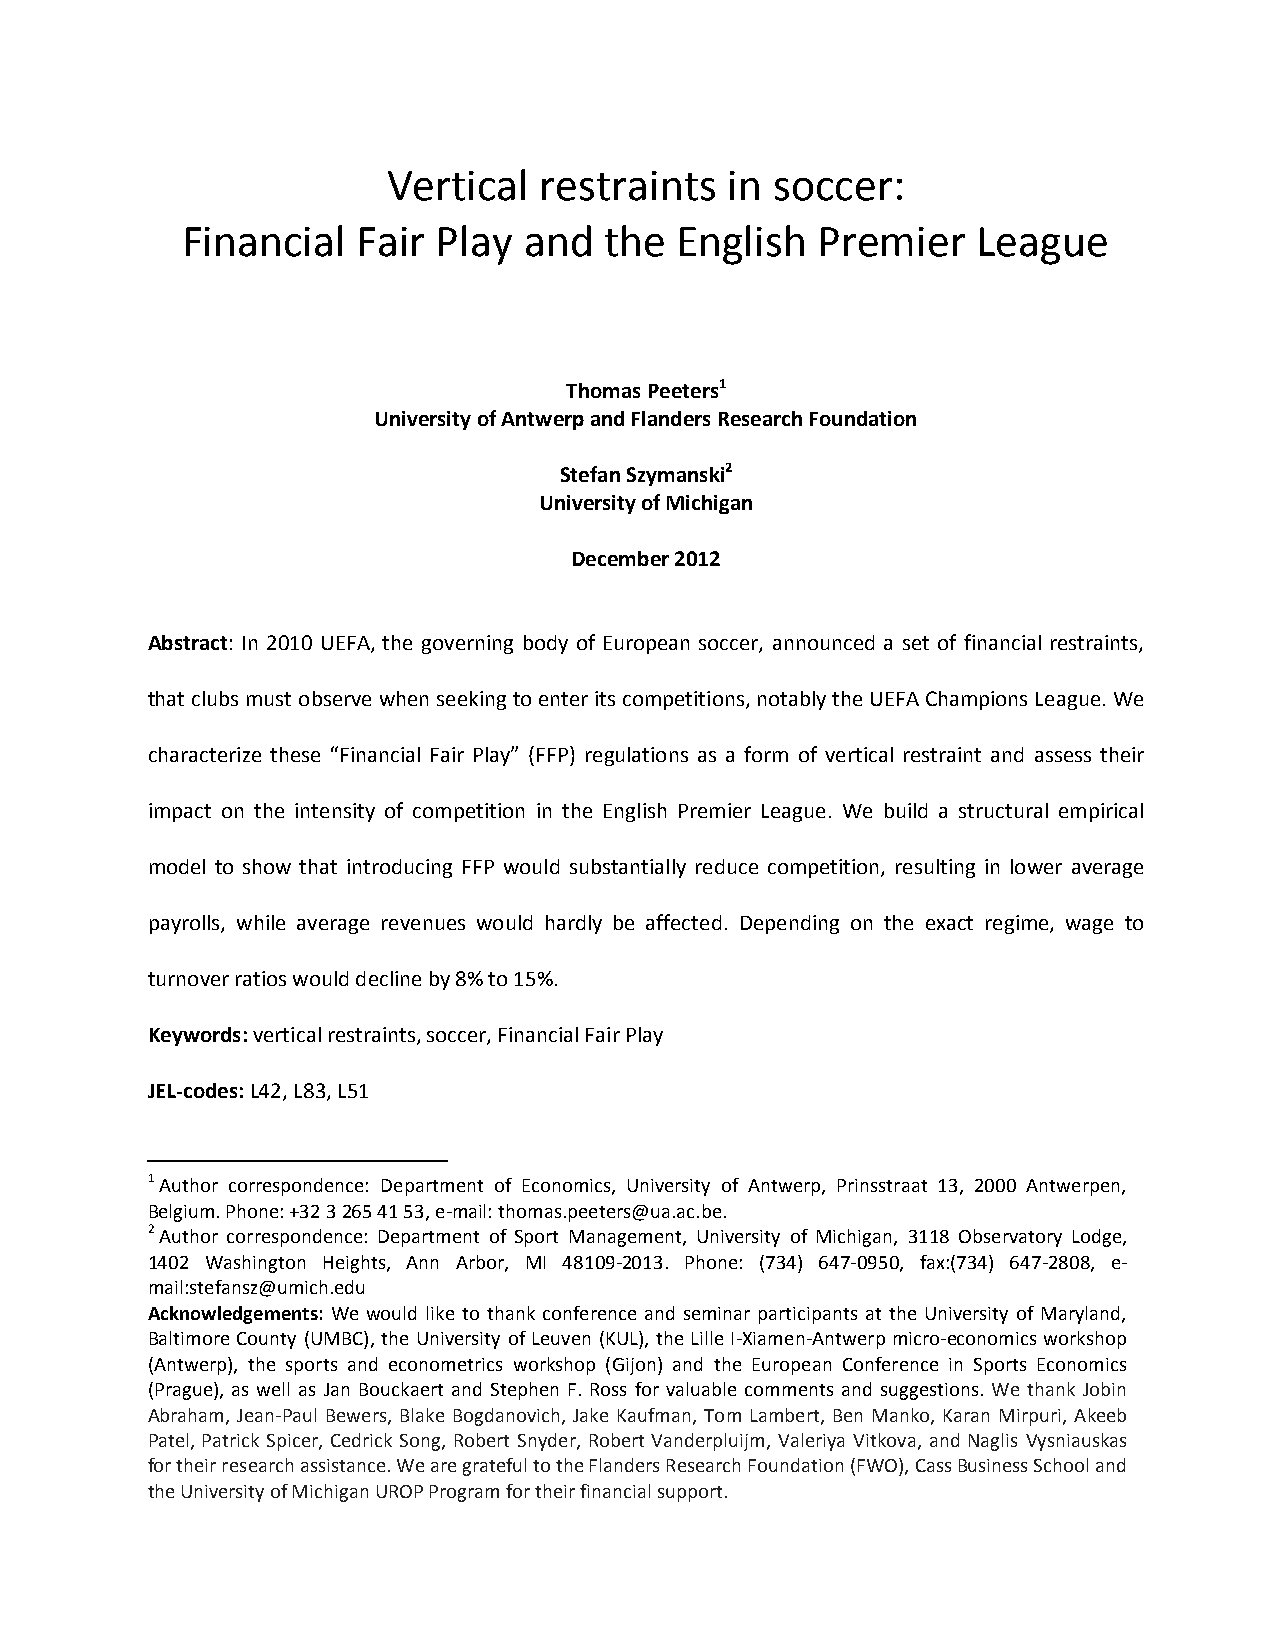
Vertical  restraints  in soccer:
 Financial   Fair Play  and  the  English  Premier    League
 Thomas Peeters1
 University of Antwerp and Flanders Research Foundation
 Stefan Szymanski2
 University of Michigan
 December 2012
 Abstract: In 2010 UEFA, the governing body of European soccer, announced a set of financial restraints,
 that clubs must observe when seeking to enter its competitions, notably the UEFA Champions League. We
 characterize these “Financial Fair Play” (FFP) regulations as a form of vertical restraint and assess their
 impact on the intensity of competition in the English Premier League. We build a structural empirical
 model to show that introducing FFP would substantially reduce competition, resulting in lower average
 payrolls, while average revenues would hardly be affected. Depending on the exact regime, wage to
 turnover ratios would decline by 8% to 15%.
 Keywords: vertical restraints, soccer, Financial Fair Play
 JEL-codes: L42, L83, L51
 1 Author correspondence: Department of Economics, University of Antwerp, Prinsstraat 13, 2000 Antwerpen,
 Belgium. Phone: +32 3 265 41 53, e-mail: thomas.peeters@ua.ac.be.
 2 Author correspondence: Department of Sport Management, University of Michigan, 3118 Observatory Lodge,
 1402 Washington Heights, Ann Arbor, MI 48109-2013. Phone: (734) 647-0950, fax:(734) 647-2808, e-
 mail:stefansz@umich.edu
 Acknowledgements: We would like to thank conference and seminar participants at the University of Maryland,
 Baltimore County (UMBC), the University of Leuven (KUL), the Lille I-Xiamen-Antwerp micro-economics workshop
 (Antwerp), the sports and econometrics workshop (Gijon) and the European Conference in Sports Economics
 (Prague), as well as Jan Bouckaert and Stephen F. Ross for valuable comments and suggestions. We thank Jobin
 Abraham, Jean-Paul Bewers, Blake Bogdanovich, Jake Kaufman, Tom Lambert, Ben Manko, Karan Mirpuri, Akeeb
 Patel, Patrick Spicer, Cedrick Song, Robert Snyder, Robert Vanderpluijm, Valeriya Vitkova, and Naglis Vysniauskas
 for their research assistance. We are grateful to the Flanders Research Foundation (FWO), Cass Business School and
 the University of Michigan UROP Program for their financial support.